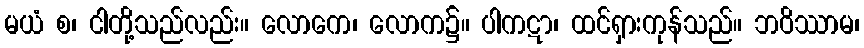
မယံ စ၊ ငါတို့သည်လည်း။ လောကေ၊ လောက၌။ ပါကဋာ၊ ထင်ရှားကုန်သည်။ ဘဝိဿာမ၊